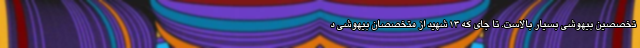
تخصصین بیهوشی بسیار بالاست. تا جای که 13 شهید از متخصصان بیهوشی د